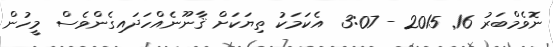
ނޮވެމްބަރު 16